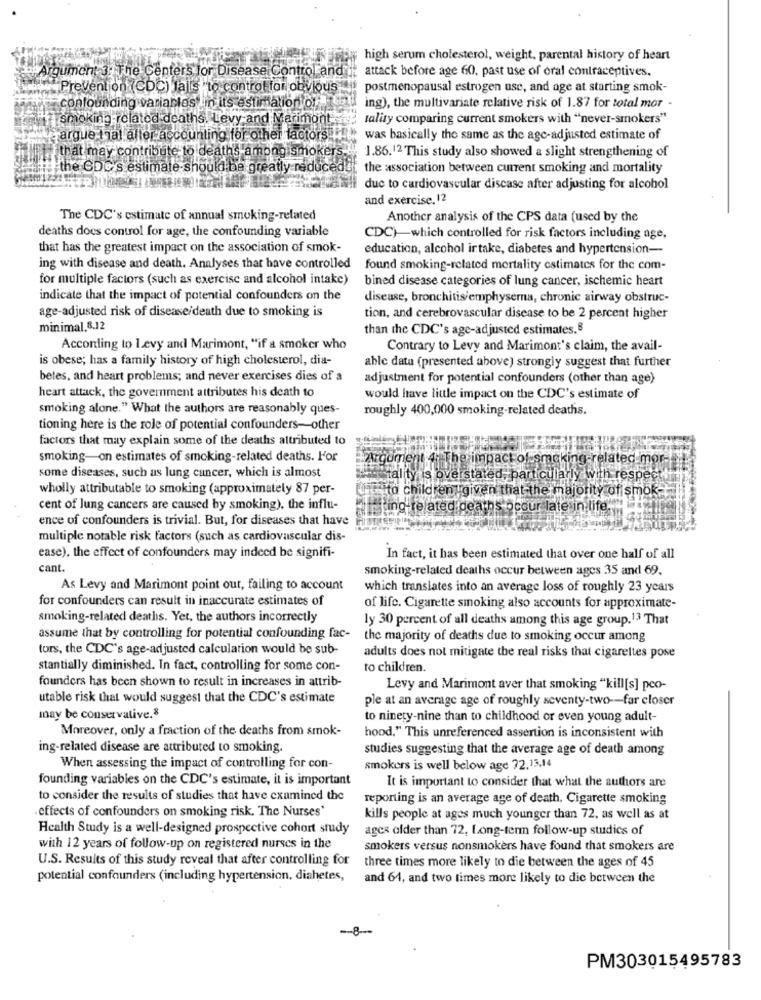
high serum cholesterol, weight, parental history of heart
Argument 3: The Centers for Disease Control and
attack before age 60, past use of oral contraceptives.
Prevention (CDC) Ja is "to control for obvious
postmenopausal estrogen use, and age at starting smok-
confounding variables lin its estimation of
ing), the multivariate relative risk of 1.87 for total mor -
smoking related deaths. Levy and Marimont
tality comparing current smokers with "never-smokers"
argue thal aller accounting for other factors #
was basically the same as the age-adjusted estimate of
at may contribute to dea
hoker
1.86.12 This study also showed a slight strengthening of
he CDC's estimate should be greatly
duce
the association between current smoking and mortality
due to cardiovascular disease after adjusting for alcohol
and exercise. 12
The CDC's estimate of annual smoking-related
Another analysis of the CPS data (used by the
deaths does control for age, the confounding variable
CDC)-which controlled for risk factors including age,
that has the greatest impact on the association of smok-
education, alcohol intake, diabetes and hypertension-
ing with disease and death. Analyses that have controlled
found smoking-related mortality estimates for the com-
for multiple factors (such as exercise and alcohol intake)
bined disease categories of lung cancer, ischemic heart
indicate that the impact of potential confounders on the
disease, bronchitis/emphyserna, chronic airway obstruc-
age-adjusted risk of disease/death due to smoking is
tion, and cerebrovascular disease to be 2 percent higher
minimal.8.12
than the CDC's age-adjusted estimates.8
According to Levy and Marimont, "if a smoker who
Contrary to Levy and Marimont's claim, the avail-
is obese; has a family history of high cholesterol, dia-
able data (presented above) strongly suggest that further
betes, and heart problems; and never exercises dies of a
adjustment for potential confounders (other than age)
heart attack, the government attributes his death to
would have little impact on the CDC's estimate of
smoking alone." What the authors are reasonably ques-
roughly 400,000 smoking-related deaths.
tioning here is the role of potential confounders-other
factors that may explain some of the deaths attributed to
smoking-on estimates of smoking-related deaths. l'or
Argument 4: The impact of smoking-related mo
some diseases, such as lung cancer, which is almost
ustal ty is overstated, particularly with respe
wholly attributable to smoking (approximately 87 per-
Fito child en given that thet majority of smok-
cent of lung cancers are caused by smoking), the influ-
Iting related deaths occur late in
ence of confounders is trivial. But, for diseases that have
multiple notable risk factors (such as cardiovascular dis-
ease), the effect of confounders may indeed be signifi-
In fact, it has been estimated that over one half of all
cant.
smoking-related deaths occur between ages 35 and 69.
As Levy and Marimont point out, failing to account
which translates into an average loss of roughly 23 years
for confounders can result in inaccurate estimates of
of life. Cigarette smoking also accounts for approximate-
smoking-related deaths. Yet, the authors incorrectly
ly 30 percent of all deaths among this age group.13 That
assume that by controlling for potential confounding fac-
the majority of deaths due to smoking occur among
tors, the CDC's age-adjusted calculation would be sub-
adults does not mitigate the real risks that cigarettes pose
stantially diminished. In fact, controlling for some con-
to children.
founders has been shown to result in increases in attrib-
Levy and Marimont aver that smoking "kill[s] pco-
utable risk that would suggest that the CDC's estimate
ple at an average age of roughly seventy-two -- far closer
may be conservative.8
to ninety-nine than to childhood or even young adult-
Moreover, only a fraction of the deaths from smok-
hood." This unreferenced assertion is inconsistent with
ing-related disease are attributed to smoking.
studies suggesting that the average age of death among
When assessing the impact of controlling for con-
smokers is well below age 72.13,14
founding variables on the CDC's estimate, it is important
It is important to consider that what the authors are
to consider the results of studies that have examined the
reporting is an average age of death. Cigarette smoking
effects of confounders on smoking risk. The Nurses"
kills people at ages much younger than 72, as well as at
Health Study is a well-designed prospective cohort study
ages older than 72, Long-term follow-up studies of
with 12 years of follow-up on registered nurses in the
smokers versus nonsmokers have found that smokers are
U.S. Results of this study reveal that after controlling for
three times more likely to die between the ages of 45
potential confounders (including hypertension, diahetes,
and 64, and two times more likely to die between the
PM303015495783